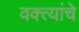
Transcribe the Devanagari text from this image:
वक्त्यांचे